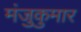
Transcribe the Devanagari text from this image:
मंजुकुमार